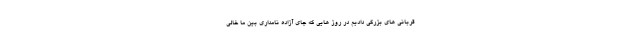
قربانی های بزرگی دادیم در روز هایی که جای آزاده نامداری بین ما خالی